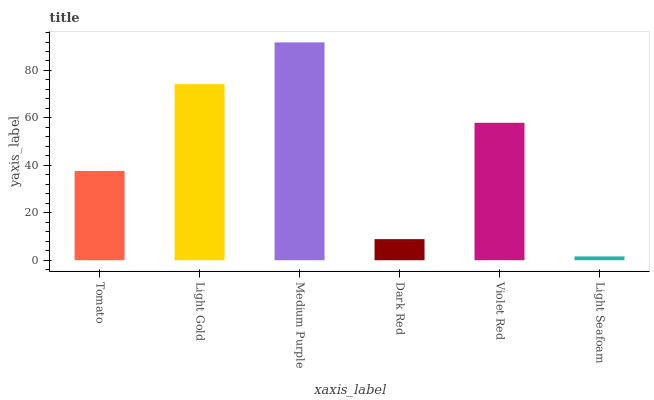
| xaxis_label | bars |
 | --- | --- |
 | Tomato | 37.6 |
 | Light Gold | 74.2 |
 | Medium Purple | 91.8 |
 | Dark Red | 8.9 |
 | Violet Red | 57.9 |
 | Light Seafoam | 1.6 |